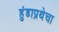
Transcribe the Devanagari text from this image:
हुंडाप्रथेचा